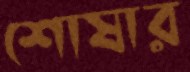
শোষার